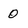
Character: 0